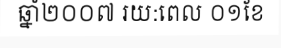
ឆ្នាំ២០០៧ រយ:ពេល ០១ខែ